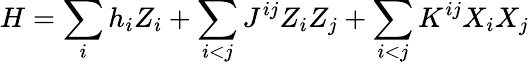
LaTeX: H=\sum_{i}h_{i}Z_{i}+\sum_{i<j}J^{ij}Z_{i}Z_{j}+\sum_{i<j}K^{ij}X_{i}X_{j}